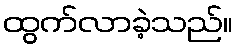
ထွက်လာခဲ့သည်။